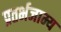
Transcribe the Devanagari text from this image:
प्रतर्भजाम्य